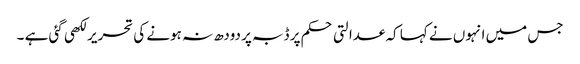
جس میں انہوں نے کہا کہ عدالتی حکم پر ڈبہ پر دودھ نہ ہونے کی تحریر لکھی گئی ہے ۔